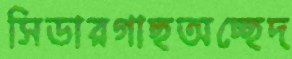
সিডারগাছঅচ্ছেদ